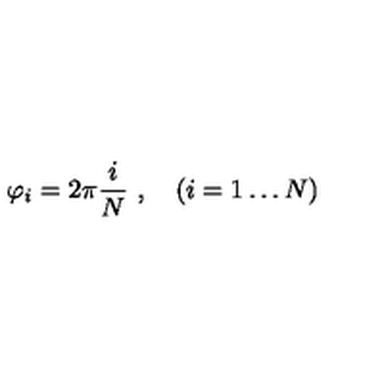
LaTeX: \varphi _ { i } = 2 \pi \frac { i } { N } \ , \quad ( i = 1 \dots N )